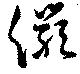
儼